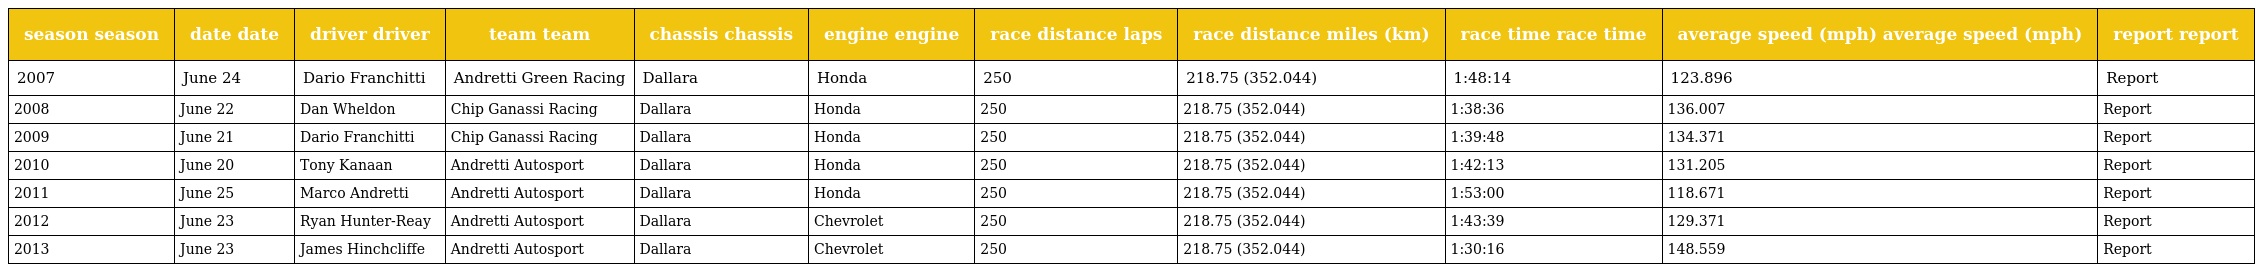
| season season | date date | driver driver | team team | chassis chassis | engine engine | race distance laps | race distance miles (km) | race time race time | average speed (mph) average speed (mph) | report report |
 | --- | --- | --- | --- | --- | --- | --- | --- | --- | --- | --- |
 | 2007 | June 24 | Dario Franchitti | Andretti Green Racing | Dallara | Honda | 250 | 218.75 (352.044) | 1:48:14 | 123.896 | Report |
 | 2008 | June 22 | Dan Wheldon | Chip Ganassi Racing | Dallara | Honda | 250 | 218.75 (352.044) | 1:38:36 | 136.007 | Report |
 | 2009 | June 21 | Dario Franchitti | Chip Ganassi Racing | Dallara | Honda | 250 | 218.75 (352.044) | 1:39:48 | 134.371 | Report |
 | 2010 | June 20 | Tony Kanaan | Andretti Autosport | Dallara | Honda | 250 | 218.75 (352.044) | 1:42:13 | 131.205 | Report |
 | 2011 | June 25 | Marco Andretti | Andretti Autosport | Dallara | Honda | 250 | 218.75 (352.044) | 1:53:00 | 118.671 | Report |
 | 2012 | June 23 | Ryan Hunter-Reay | Andretti Autosport | Dallara | Chevrolet | 250 | 218.75 (352.044) | 1:43:39 | 129.371 | Report |
 | 2013 | June 23 | James Hinchcliffe | Andretti Autosport | Dallara | Chevrolet | 250 | 218.75 (352.044) | 1:30:16 | 148.559 | Report |